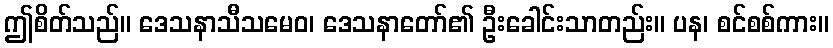
ဤစိတ်သည်။ ဒေသနာသီသမေဝ၊ ဒေသနာတော်၏ ဦးခေါင်းသာတည်း။ ပန၊ စင်စစ်ကား။